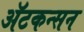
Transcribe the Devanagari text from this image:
ॲटकन्सन